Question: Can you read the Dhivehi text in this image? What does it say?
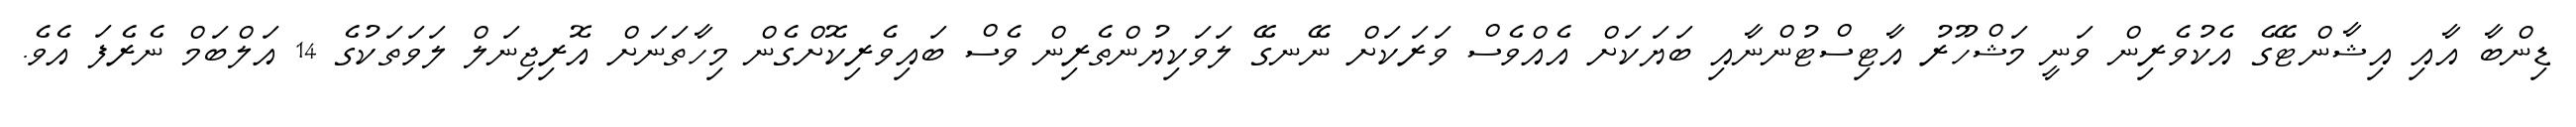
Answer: ޑިންބާ އާއި އިޝާންޓޭގެ އެކުވެރިން ވަނީ މަޝްހޫރު އާޓިސްޓުންނާއި ބަޔަކަށް އެއްވެސް ވަރަކަށް ނޭނގޭ ލަވަކިޔުންތެރިން ވެސް ބައިވެރިކޮށްގެން މިހާތަނަށް އޮރިޖިނަލް ލަވަތަކުގެ 14 އަލްބަމް ނެރެފަ އެވެ.